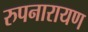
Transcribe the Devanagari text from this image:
रुपनारायण